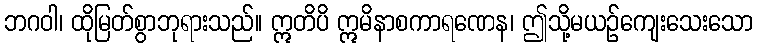
ဘဂဝါ၊ ထိုမြတ်စွာဘုရားသည်။ ဣတိပိ ဣမိနာစကာရဏေန၊ ဤသို့မယဉ်ကျေးသေးသော